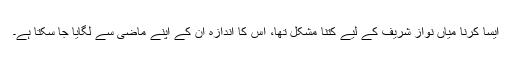
ایسا کرنا میاں نواز شریف کے لیے کتنا مشکل تھا، اس کا اندازہ ان کے اپنے ماضی سے لگایا جا سکتا ہے۔